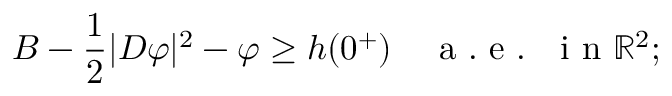
B - \frac 1 2 | D \varphi | ^ { 2 } - \varphi \geq h ( 0 ^ { + } ) \quad \mathrm { ~ a ~ . ~ e ~ . ~ ~ ~ i ~ n ~ } \mathbb { R } ^ { 2 } ;